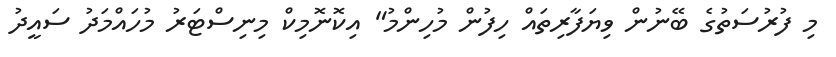
މި ފުރުސަތުގެ ބޭނުން ވިޔަފާރިތައް ހިފުން މުހިންމު" އިކޮނޮމިކް މިނިސްޓަރު މުހައްމަދު ސައީދު